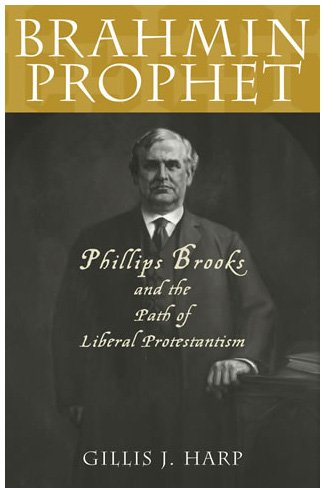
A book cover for Brahmin Prophet: Phillips Brooks and the Path of Liberal Protestantism; Gillis J. Harp; Biographies & Memoirs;